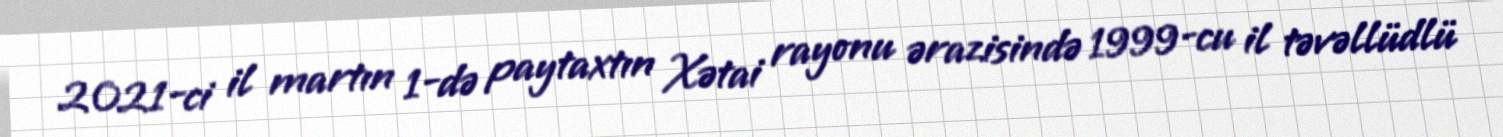
2021-ci il martın 1-də paytaxtın Xətai rayonu ərazisində 1999-cu il təvəllüdlü